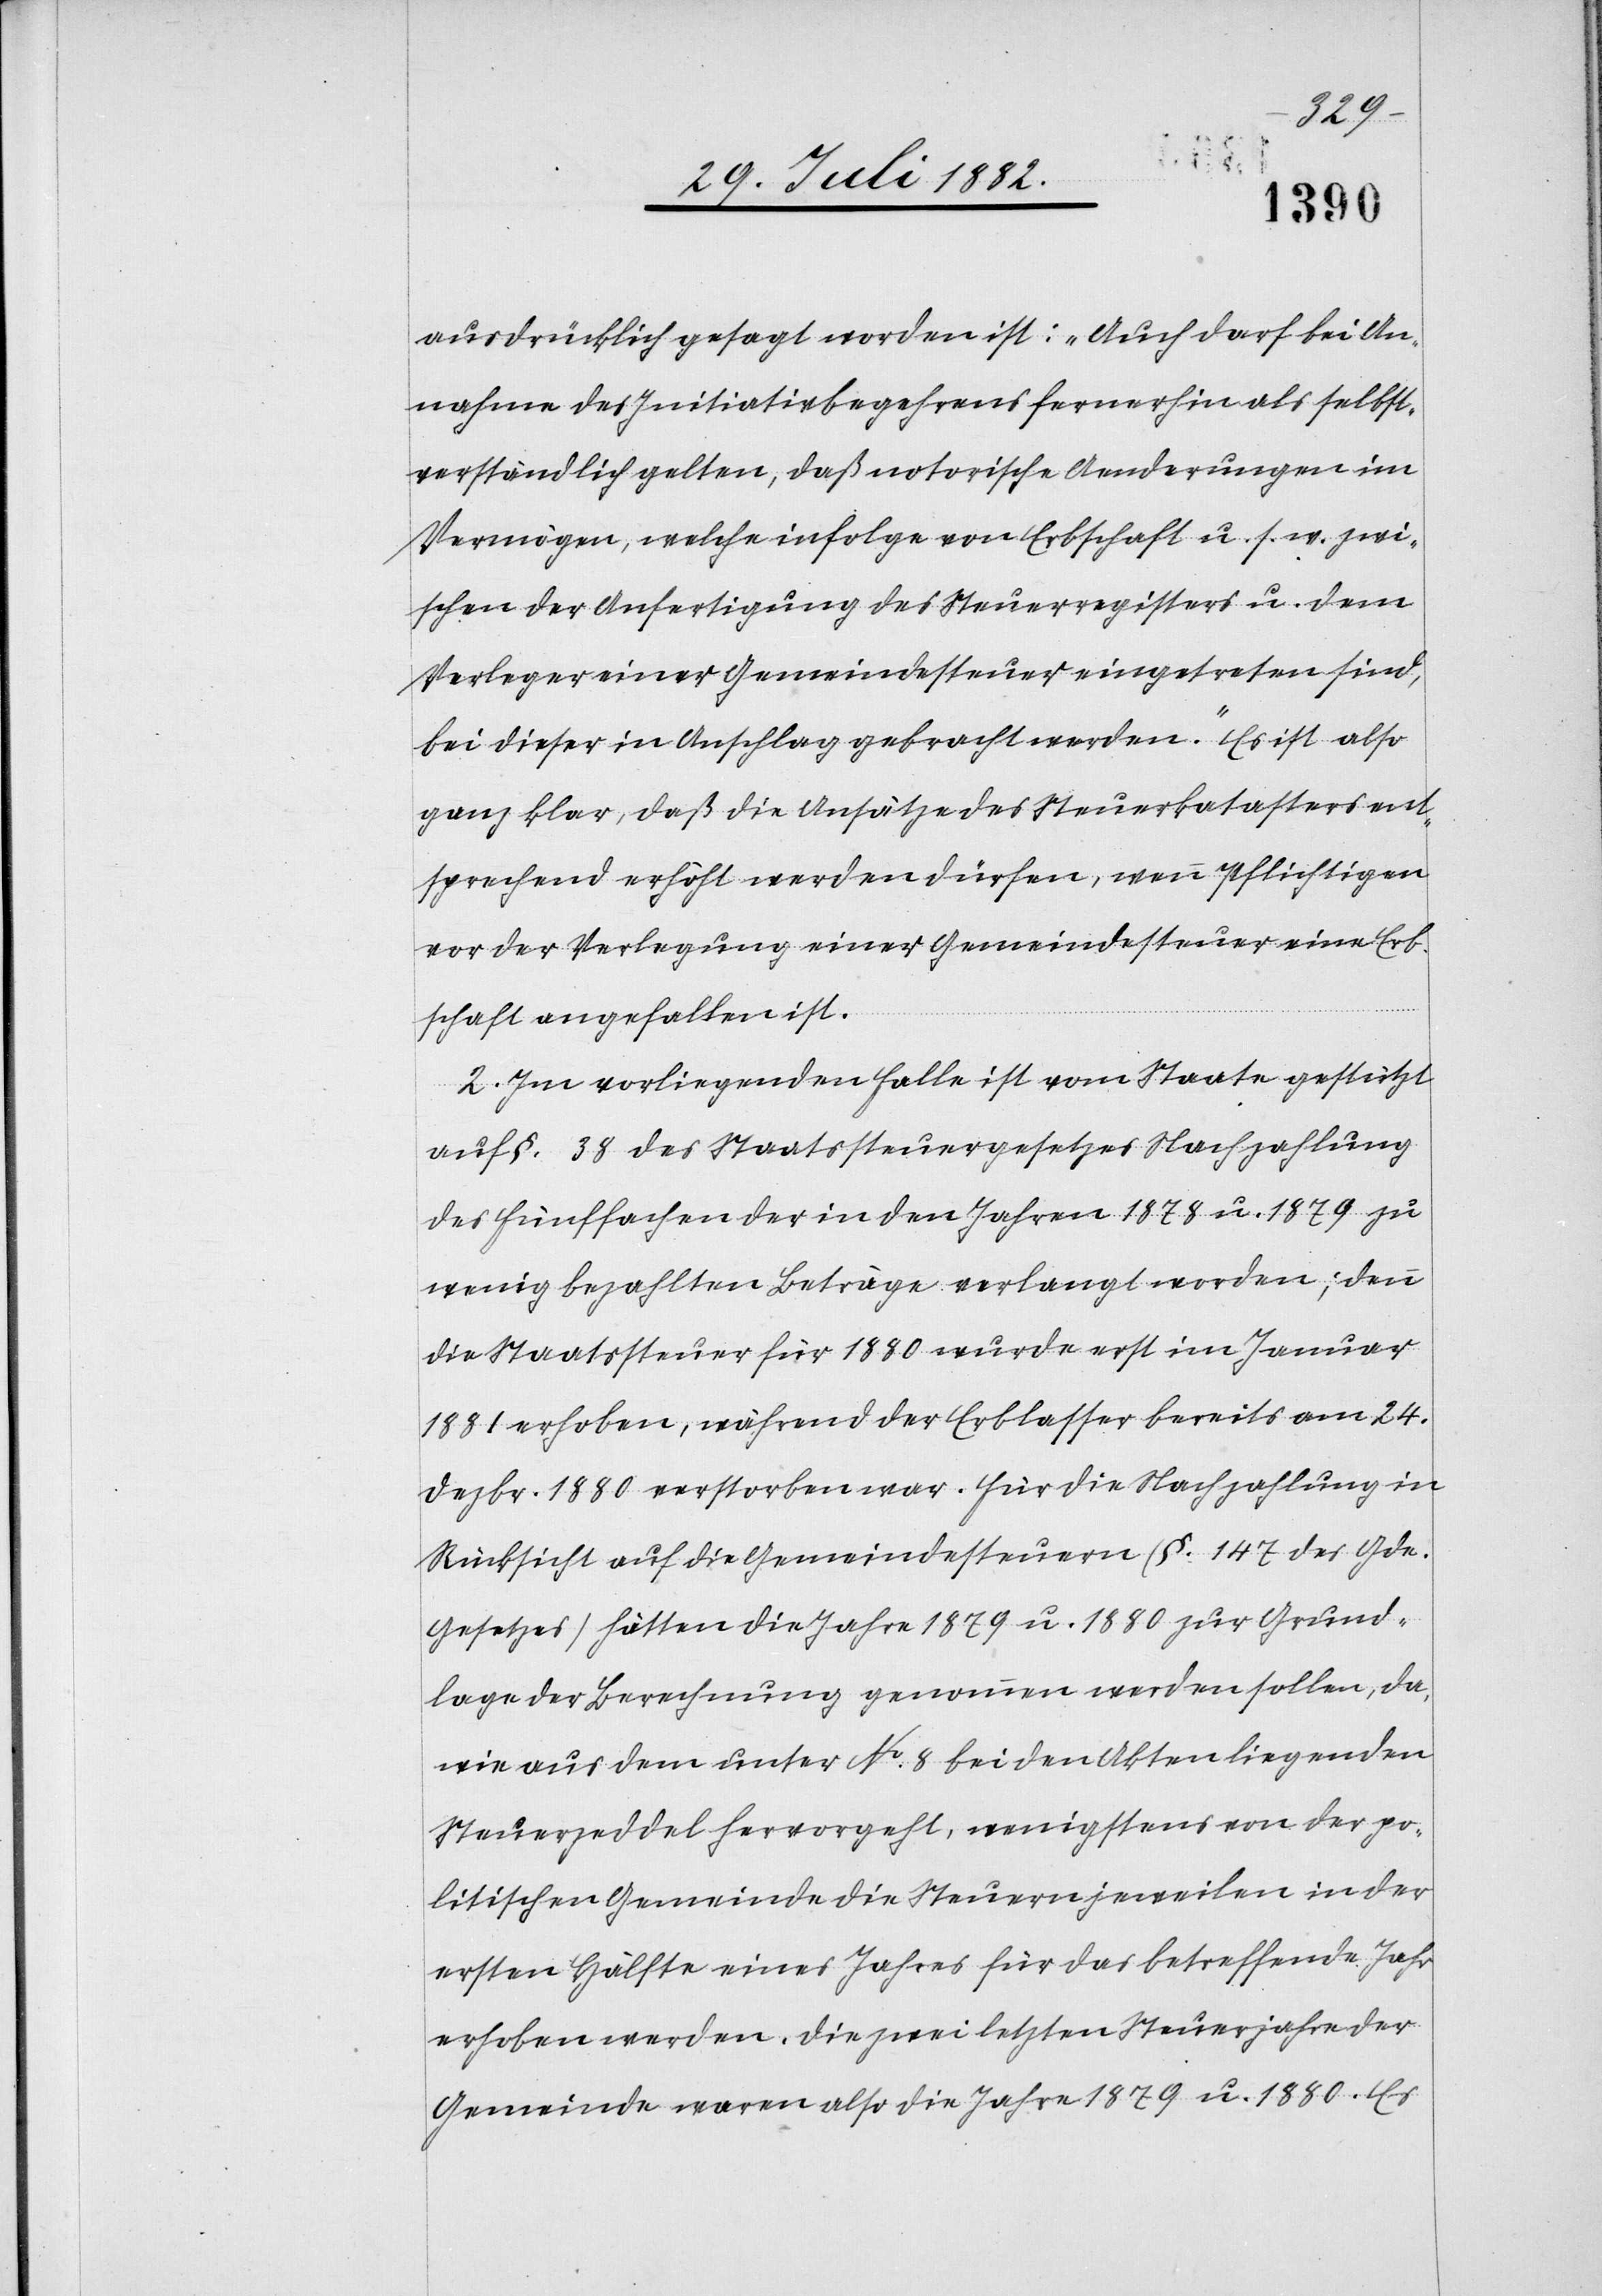
ausdrücklich gesagt worden ist: „Auch darf die An¬
nahme des Initiativbegehrens fernerhin als selbst¬
verständlich gelten, daß notorische Aenderungen im
Vermögen, welche infolge von Erbschaft u. s. w. zwi¬
schen der Anfertigung des Steuerregisters u. dem
Verleger einer Gemeindesteuer eingetreten sind,
bei dieser in Anschlag gebracht werden.“ Es ist also
ganz klar, daß die Ansätze des Steuerkatasters ent¬
sprechend erhöht werden dürfen, wenn Pflichtigen
vor der Verlegung einer Gemeindesteuer eine Erb¬
schaft angefallen ist.
2. Im vorliegenden Falle ist vom Staate gestützt
auf §. 38 des Staatssteuergesetzes Nachzahlung
des fünffachen der in den Jahren 1878 u. 1879 zu
wenig bezahlten Beträge verlangt worden; denn
die Staatssteuer für 1880 wurde erst im Januar
1881 erhoben, während der Erblasser bereits am 24.
Dezbr. 1880 verstorben war. Für die Nachzahlung in
Rücksicht auf die Gemeindesteuern (§. 147 des Gde.
Gesetzes) hätten die Jahre 1879 u. 1880 zur Grund¬
lage der Berechnung genommen werden sollen, da,
wie aus dem unter No 8 bei den Akten liegenden
Steuerzeddeln hervorgeht, wenigstens von der po¬
litischen Gemeinde die Steuern jeweilen in der
ersten Hälfte eines Jahres für das betreffende Jahr
erhoben werden. Die zwei letzten Steuerjahre der
Gemeinde waren also die Jahre 1879 u. 1880. Es